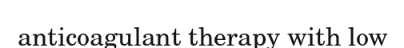
anticoagulant therapy with low